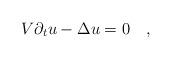
LaTeX: \begin{align*} V\partial_t u-\Delta u=0\quad,\end{align*}